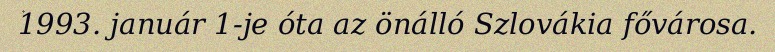
1993. január 1-je óta az önálló Szlovákia fővárosa.